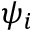
\psi _ { i }